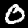
Digit: 0